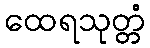
ထေရသုတ္တံ